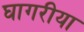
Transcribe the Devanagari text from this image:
घागरीया